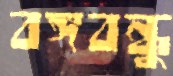
বঙ্গবন্ধু